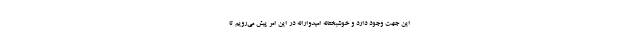
این جهت وجود دارد و خوشبختانه امیدوارانه در این امر پیش می‌رویم تا